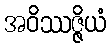
အဝိဿဇ္ဇိယံ